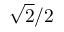
{ \sqrt { 2 } } / 2